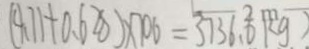
( 4 . 7 1 + 0 . 6 2 8 ) \times 7 0 6 = 3 7 3 6 . 6 k g )